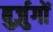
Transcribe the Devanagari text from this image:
बुर्ज़ुगों